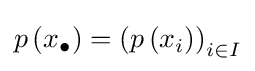
p\left(x_{\bullet }\right)=\left(p\left(x_{i}\right)\right)_{i\in I}